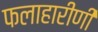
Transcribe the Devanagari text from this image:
फलाहारीणी